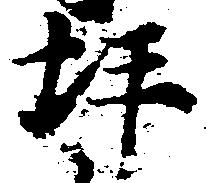
坪